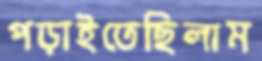
পড়াইতেছিলাম